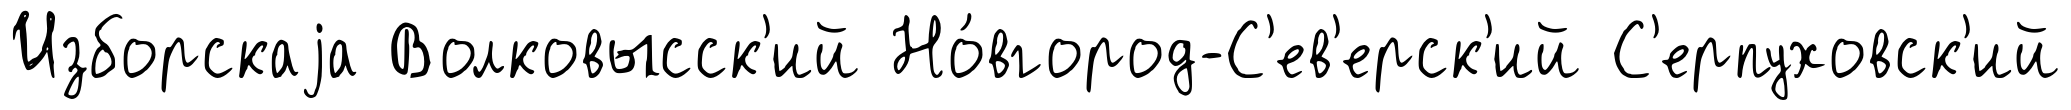
Изборскаjа Волковысск'ий Но́вгород-С'ев'ерск'ий С'ерпуховск'ий